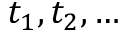
t _ { 1 } , t _ { 2 } , \ldots